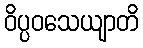
ဝိပ္ပဝသေယျာတိ